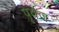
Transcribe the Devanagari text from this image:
पृर्वज